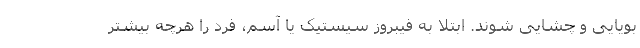
بویایی و چشایی شوند. ابتلا به فیبروز سیستیک یا آسم، فرد را هرچه بیشتر